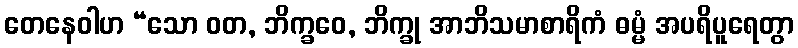
တေနေဝါဟ “သော ဝတ, ဘိက္ခဝေ, ဘိက္ခု အာဘိသမာစာရိကံ ဓမ္မံ အပရိပူရေတွာ